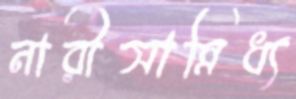
নারীসান্নিধ্য